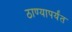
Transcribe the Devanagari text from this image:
ठाण्यापर्यंत